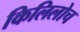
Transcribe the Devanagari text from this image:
किलिलोच